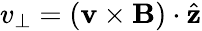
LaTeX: v_{\perp}=(\mathbf{v}\times\mathbf{B})\cdot\hat{\mathbf{z}}